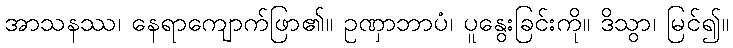
အာသနဿ၊ နေရာကျောက်ဖြာ၏။ ဥဏှာဘာပံ၊ ပူနွေးခြင်းကို။ ဒိသွာ၊ မြင်၍။